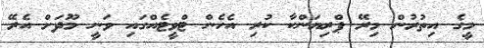
މީގެ އިތުރުން މިރޭ ޕްރިޔަންކާ ކުރި އެހެން ޓްވީޓެއްގައި ވަނީ މޫދަށް އެރޭ